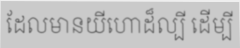
ដែលមានយីហោដ៏ល្បី ដើម្បី